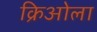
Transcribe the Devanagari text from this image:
क्रिओला